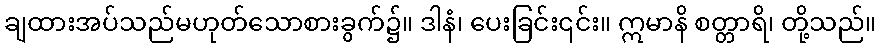
ချထားအပ်သည်မဟုတ်သောစားခွက်၌။ ဒါနံ၊ ပေးခြင်း၎င်း။ ဣမာနိ စတ္တာရိ၊ တို့သည်။